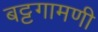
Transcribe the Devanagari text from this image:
बट्टगामणी